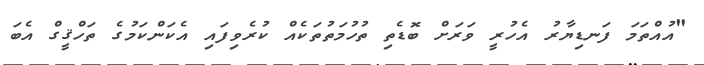
"އުއްތަމަ ފަނޑިޔާރު އެހުރީ ވަރަށް ބޮޑެތި ތުހުމަތުތަކެއް ކުރެވިފައި އެކަންކަމުގެ ތަހްޤީގް އެބަ